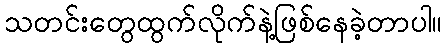
သတင်းတွေထွက်လိုက်နဲ့ဖြစ်နေခဲ့တာပါ။